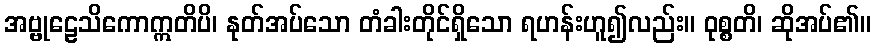
အဗ္ဗုဠေသိကောဣတိပိ၊ နုတ်အပ်သော တံခါးတိုင်ရှိသော ရဟန်းဟူ၍လည်း။ ဝုစ္စတိ၊ ဆိုအပ်၏။